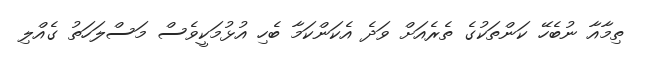
ތިމާއާ ނުބެހޭ ކަންތަކުގެ ތެރެއަށް ވަދެ އެކަންކަމާ ބެހި އުޅުމަކީވެސް މަސްލަހަތު ގެއްލި